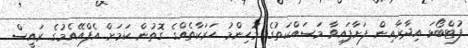
ފުޓްބޯޅަ އިދާރާއިން ފަށާފައިވާ މަސައްކަތުގެ މުހިންމު ހަރަކާތެއްގެ ގޮތުން ކަމަށް އެފްއޭއެމުގެ ރައީސް